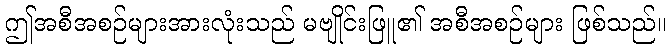
ဤအစီအစဉ်များအားလုံးသည် မဗျိုင်းဖြူ၏ အစီအစဉ်များ ဖြစ်သည်။